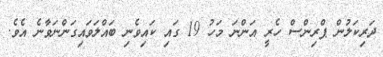
ދަރިކަލުން ޕްރިންސް ހެރީ އަންނަ މަހު 19 ގައި ކައިވެނި ބައްލަވައިގަންނަވާނެ އެވެ.